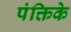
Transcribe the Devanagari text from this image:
पंक्तिके